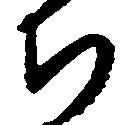
ち